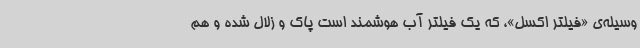
وسیله‌ی «فیلتر اکسل»، که یک فیلتر آب هوشمند است پاک و زلال شده و هم